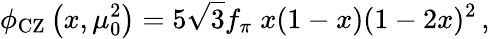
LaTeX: \phi_{\mathrm{CZ}}\left(x,\mu_{0}^{2}\right)=5\sqrt{3}f_{\pi}\; x(1-x)(1-2x)^{2}\, ,